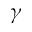
\gamma